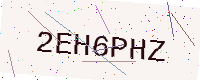
Text: 2EH6PHZ